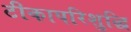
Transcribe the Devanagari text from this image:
टीकापरिशुद्धि